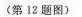
（第12题图）